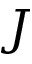
J